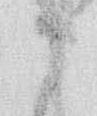
に